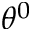
\theta ^ { 0 }